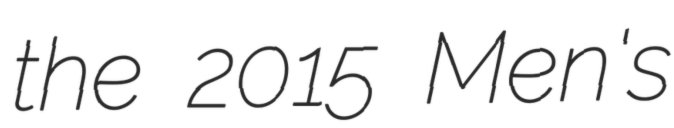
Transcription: the 2015 Men's